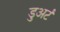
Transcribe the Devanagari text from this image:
डुअर्ट